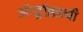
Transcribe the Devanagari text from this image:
ॲन्ड्रॉइडची